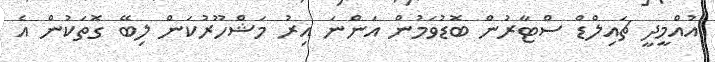
އުއްމީދީ ޗައިލްޑް ސްޓާރުން ބޮޑުވަމުން އަންނަ އިރު މަޝްހޫރުކަން ލިބޭ ގޮތަކުން އެ